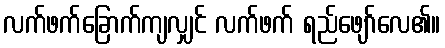
လက်ဖက်ခြောက်ကျလျှင် လက်ဖက် ရည်ဖျော်လေ၏။